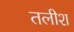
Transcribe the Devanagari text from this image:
तलीश